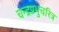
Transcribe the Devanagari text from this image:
चन्द्रप्रभुचरित्र